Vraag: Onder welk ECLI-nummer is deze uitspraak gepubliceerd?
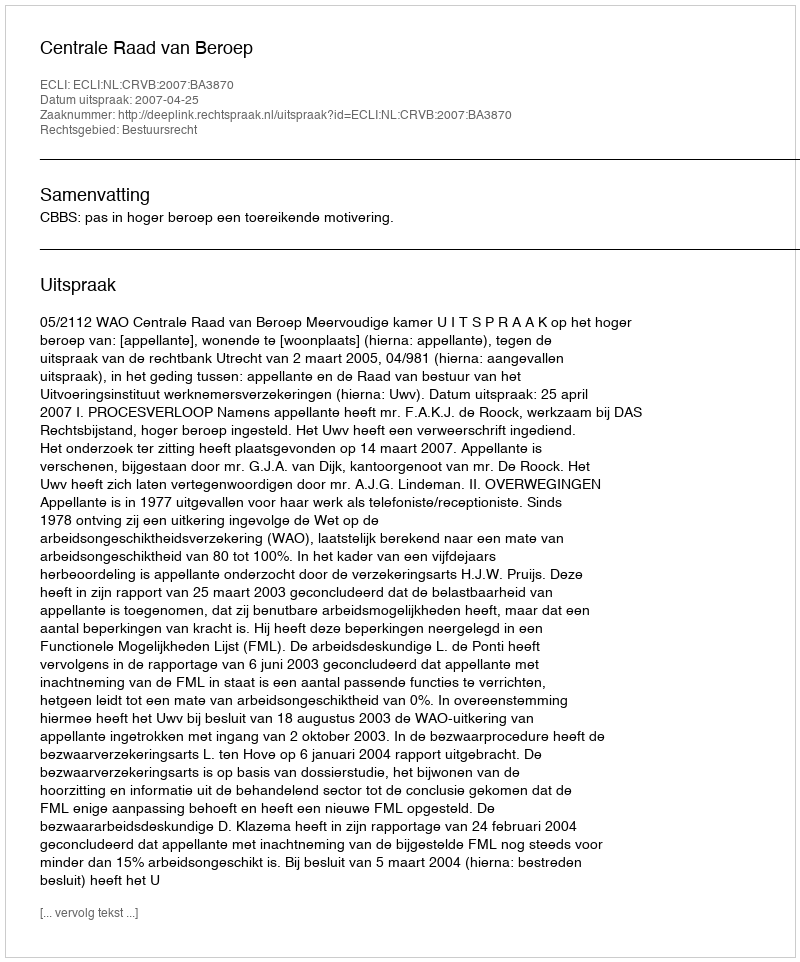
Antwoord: ECLI:NL:CRVB:2007:BA3870